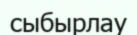
сыбырлау